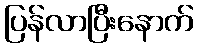
ပြန်လာပြီးနောက်